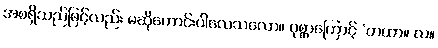
အစရှိသည်ဖြင့်လည်း မဆိုကောင်းပါလေသလော။ ပုစ္ဆာကြောင့် ‘တထာ။ လ။